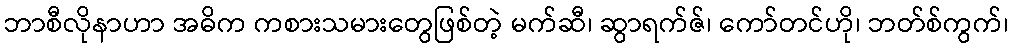
ဘာစီလိုနာဟာ အဓိက ကစားသမားတွေဖြစ်တဲ့ မက်ဆီ၊ ဆွာရက်ဇ်၊ ကော်တင်ဟို၊ ဘတ်စ်ကွက်၊